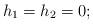
LaTeX: \begin{align*}h_1=h_2=0 ;\end{align*}